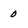
Character: 0